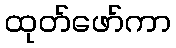
ထုတ်ဖော်ကာ